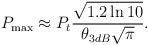
LaTeX: \begin{align*}{P_{\max }} \approx {P_t}\frac{{\sqrt {1.2\ln 10} }}{{{\theta _{3dB}}\sqrt \pi }}.\end{align*}